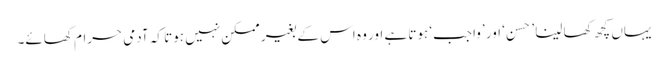
یہاں کچھ کھا لینا ’حَسن ‘ اور ’واجب‘ ہوتا ہے اور وہ اس کے بغیر ممکن نہیں ہوتا کہ آدمی حرام کھائے۔